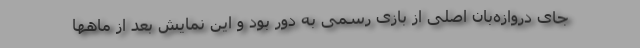
جای دروازه‌بان اصلی از بازی رسمی به دور بود و این نمایش بعد از ماهها